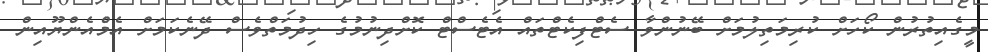
މީގެއިތުރުން ކޯހަށް ކުރިމަތިލުމަށް ބޭނުންވާ ސެޓްފިކެޓްތައް އެޓެސްޓް ކޮށްދިނުމުގެ ހިދުމަތްވެސް ދޭނެކަމަށް އެމްެއެންޔޫއިން